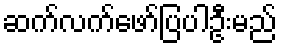
ဆက်လက်ဖော်ပြပါဦးမည်